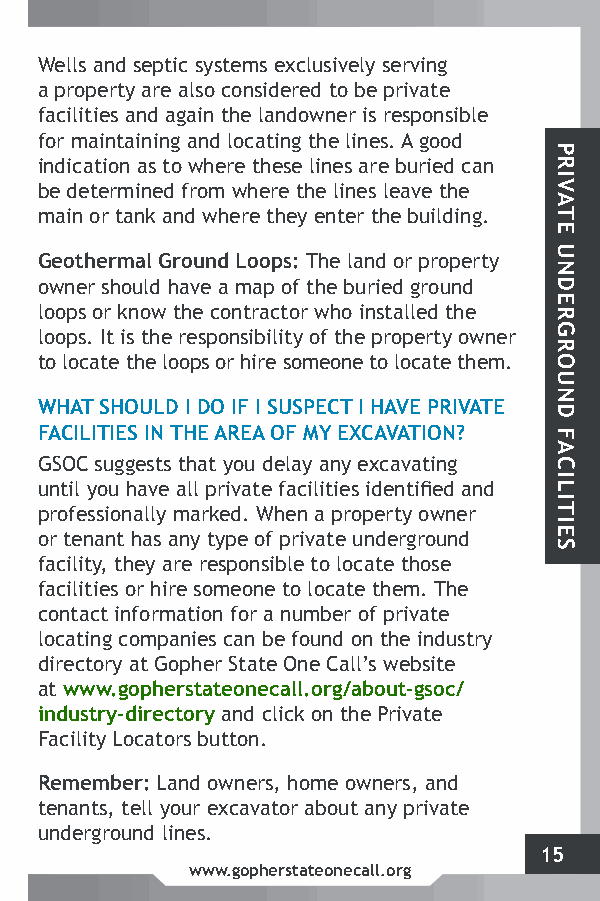
Wells and septic systems exclusively serving
 a property are also considered to be private
 facilities and again the landowner is responsible
 for maintaining and locating the lines. A good
 indication as to where these lines are buried can
 be determined from where the lines leave the
 main or tank and where they enter the building.
 Geothermal Ground Loops: The land or property
 owner should have a map of the buried ground
 loops or know the contractor who installed the
 loops. It is the responsibility of the property owner
 to locate the loops or hire someone to locate them.
 WHAT SHOULD I DO IF I SUSPECT I HAVE PRIVATE
 FACILITIES IN THE AREA OF MY EXCAVATION?
 GSOC suggests that you delay any excavating
 until you have all private facilities identified and
 professionally marked. When a property owner
 or tenant has any type of private underground
 facility, they are responsible to locate those
 facilities or hire someone to locate them. The
 contact information for a number of private
 locating companies can be found on the industry
 directory at Gopher State One Call’s website
 at www.gopherstateonecall.org/about-gsoc/
 industry-directory and click on the Private
 Facility Locators button.
 Remember: Land owners, home owners, and
 tenants, tell your excavator about any private
 underground lines.
 15
 www.gopherstateonecall.org
 PRIVATE
 UNDERGROUND
 FACILITIES